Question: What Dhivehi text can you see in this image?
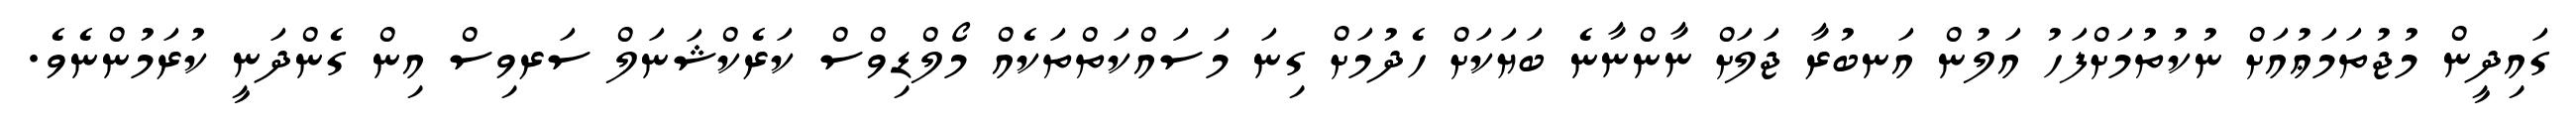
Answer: ގައިދީން މުޖުތަމަޢުއަށް ނުކުތުމަށްފަހު އަލުން އަނބުރާ ޖަލަށް ނާންނާނެ ބަޔަކަށް ހެދުމަށް ގިނަ މަސައްކަތްތަކެއް މޯލްޑިވްސް ކަރެކްޝަނަލް ސަރވިސް އިން ގެންދަނީ ކުރަމުންނެވެ.